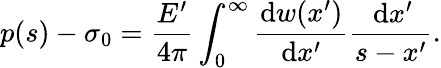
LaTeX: p(s)-\sigma_{0}=\frac{E^{\prime}}{4\pi}\int_{0}^{\infty}\frac{\mathrm{d}w(x^{\prime})}{\mathrm{d}x^{\prime}}\frac{\, \mathrm{d}x^{\prime}}{s-x^{\prime}}.